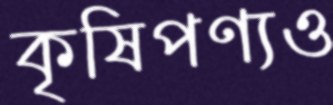
কৃষিপণ্যও